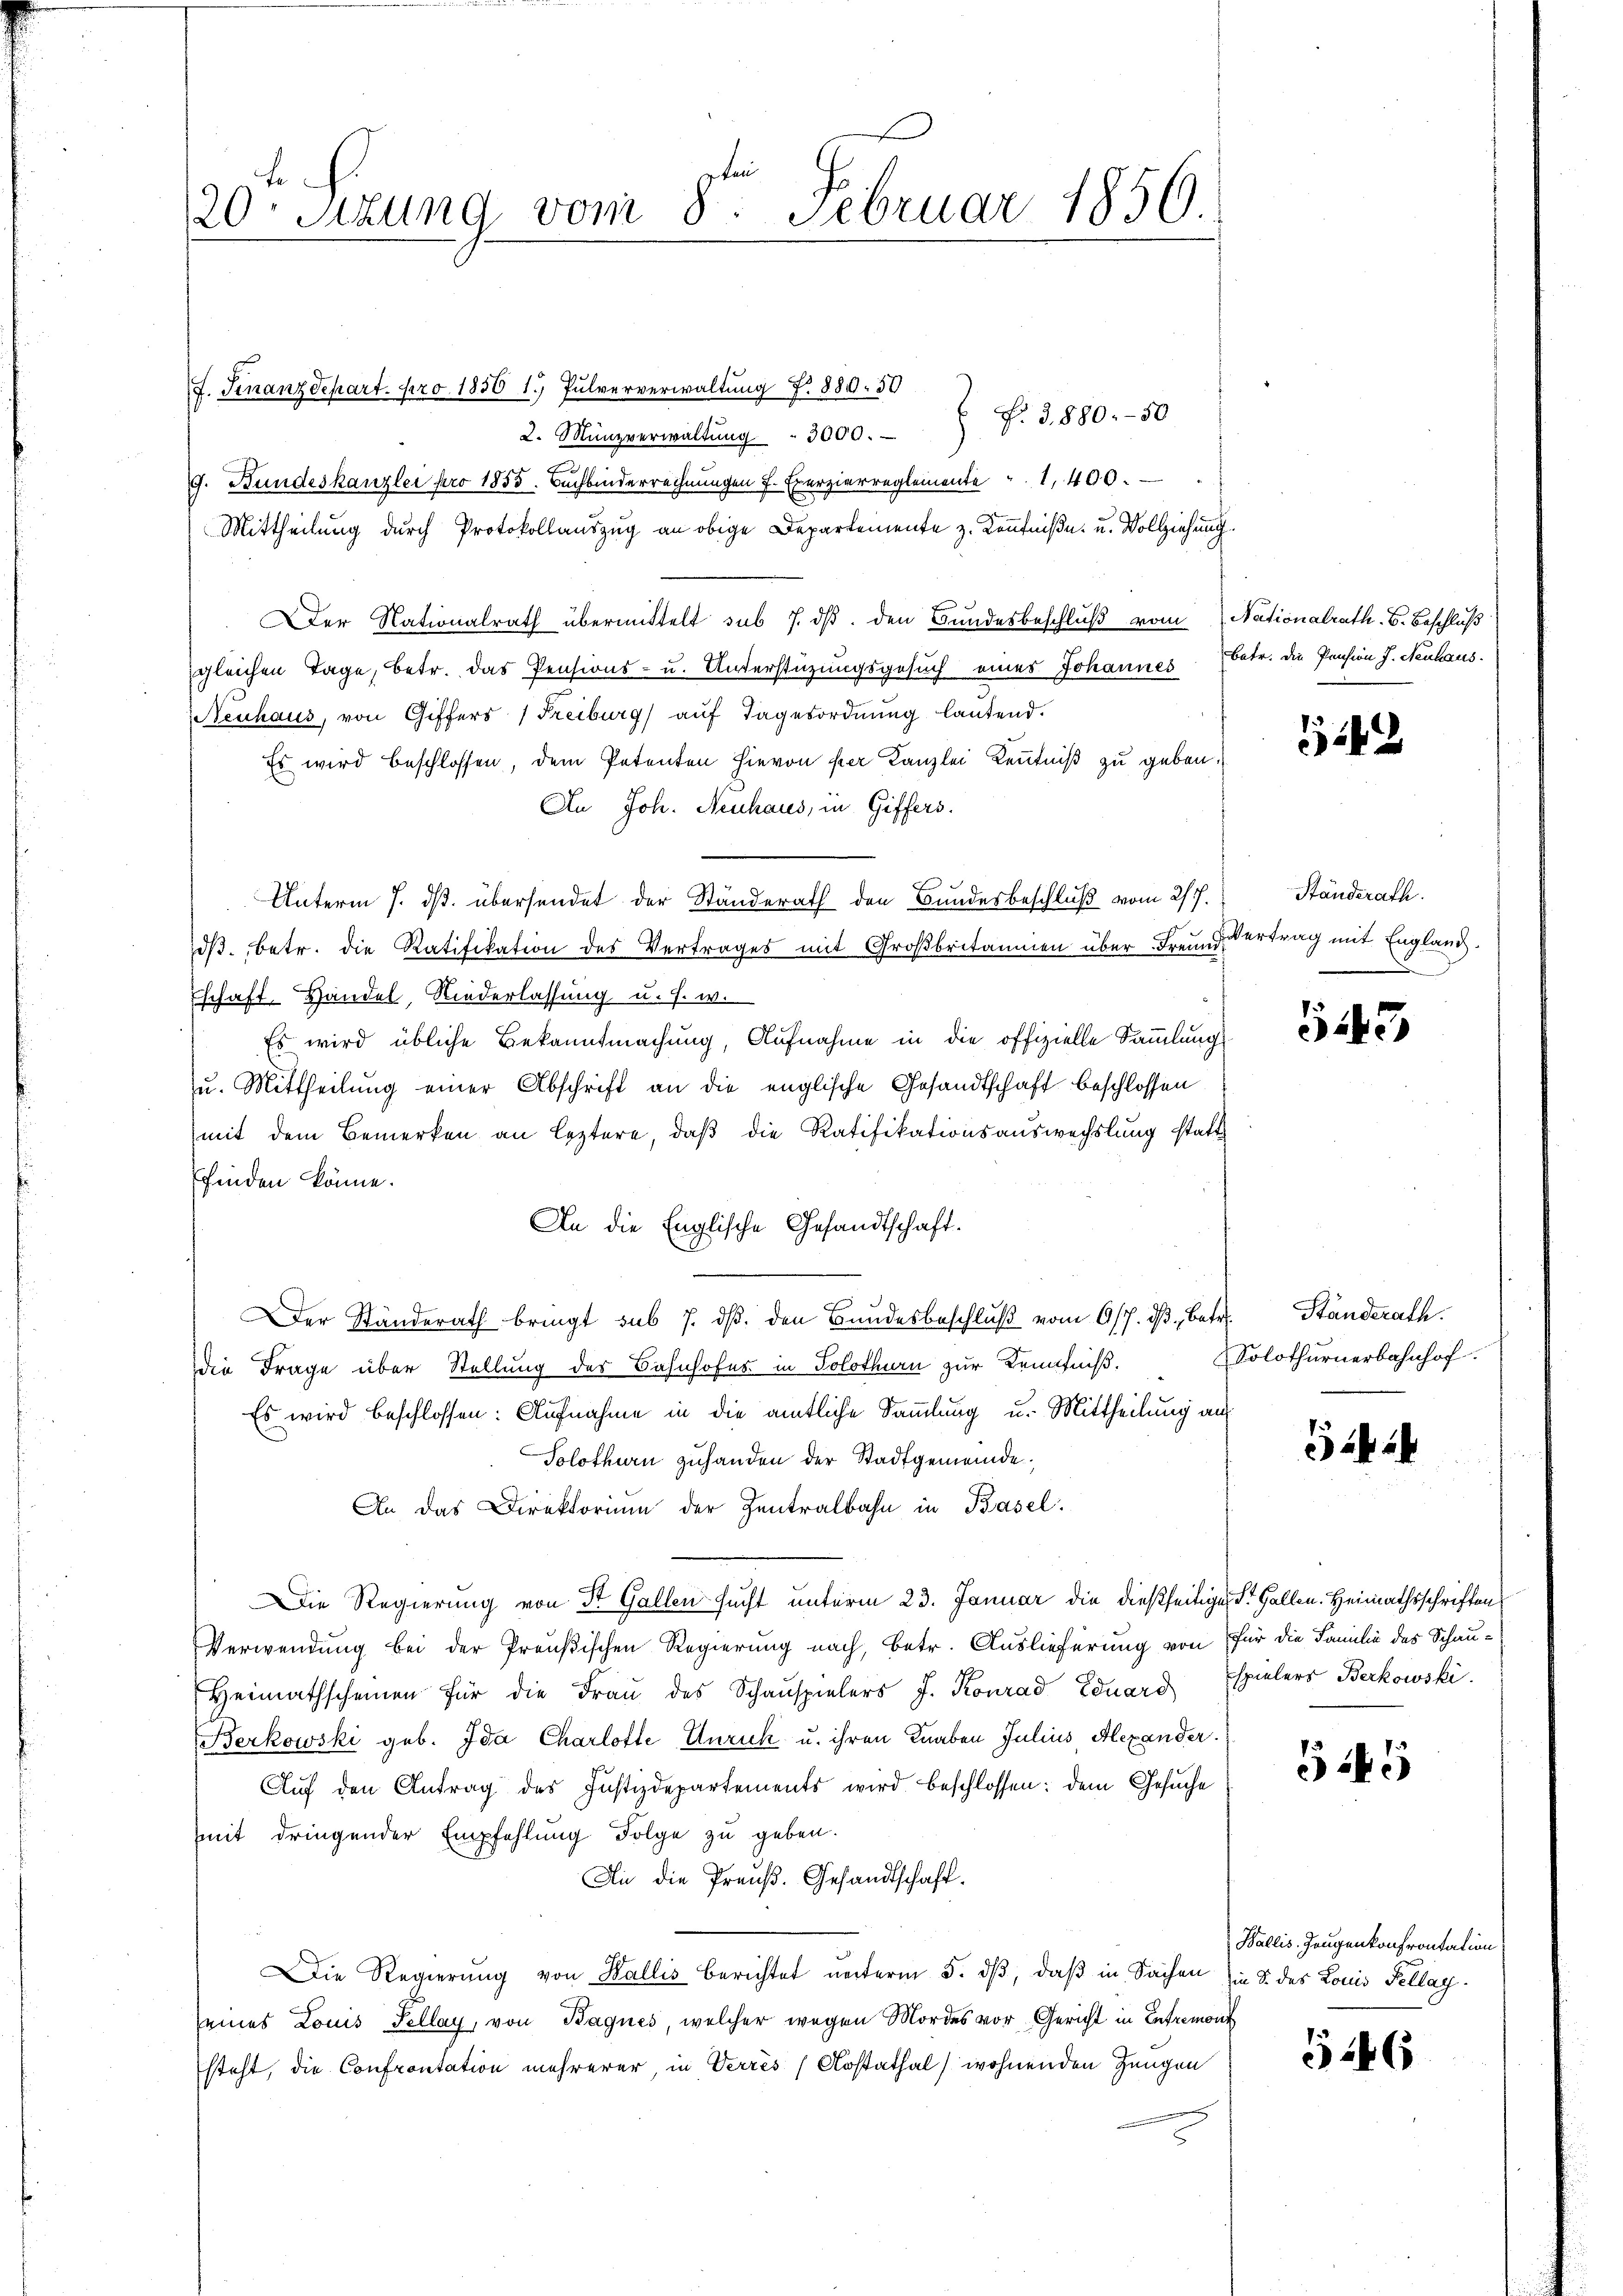
20. Sizung vom 8ten Februar 1850.

F. Finanzdepart pro 1850 1.) Pulververwaltung N. 880. 50
 f. 3880-50
2. Münzverwaltung " 3000.
G. Bundeskanzlei pro 1855. Buchbinderrechnungen f. Exerzierreglemente " 1400.
Mittheilung durch Protokollauszug an obige Departemente z. Kenntniße u. Vollziehung.
Der Nationalrath übermittelt sub 7. ds. den Bundesbeschluß vom Nationalrath. B. Beschluß
gleichen Tage, betr. das Pensions- u. Unterstüzungsgesuch eines Johannes betr. die Pension J. Neuhaus.
Neuhaus, von Giffers (Freiburg aŭf Tagesordnŭng lautend.
Es wird beschlossen, dem Petenten hievon per Kanzlei Kenntniß zu geben.
An Joh. Neuhaus, in Giffers.
Unterm 7. ds. übersendet der Ständerath den Bundesbeschluß vom 27.
dβ. betr. die Ratifikation des Vertrages mit Großbritanien über Freund Vertrag mit England.
schaft Handel, Niederlassung u. s. w.
Es wird übliche Bekanntmachung, Aufnahme in die offizielle Sammlungs
u. Mittheilung einer Abschrift an die englische Gesandtschaft beschlossen
mit dem Bemerken an leztere, daß die Ratifikationsauswechslung statt
finden könne.
An die Englische Gesandtschaft.
F
Der Ständerath bringt sub 7. dβ. den Bundesbeschlŭβ vom 6/7. dβ, betr. Ständerath.
die Frage über Stellung des Bahnhofes in Solothurn zur Kenntniß.
Es wird beschlossen: Aufnahme in die amtliche Sammlung u. Mittheilung auf
Solothurn zuhanden der Stadtgemeinde¬
An das Direktorium der Zentralbahn in Basel.
Die Regierung von St. Gallen sucht unterm 23. Januar die dießseitigen St. Gallen. Heimathsschriften
Verwendung bei der Preußischen Regierung nach, betr. Auslieferung von für die Familie des Schau¬
Heimathscheinen für die Fraŭ des Schauspielers J. Konrad Eduard Espielers Beckowski
Berkowski geb. Ida Charlotte Unruck u. ihren Knaben Julius, Alexander
Aŭf den Antrag des Justizdepartements wird beschlossen: dem Gesuche
mit dringender Empfehlung Folge zu geben.
An die Preuß. Gesandtschaft.
Die Regierung von Wallis berichtet unterm 5. dß, daß in Sachen in S. des Louis Fellag.
seines Louis Sellay, von Bagnes, welcher wegen Mordes vor Gericht in Entremont
steht, die Confrontation mehrerer, in Verrès/Krstathal) wohnenden Zeugen

1242

Ständerath.

55

Solothurnerbahnhof.

22

5

Wallis. Zeugenkonfrontation

1246